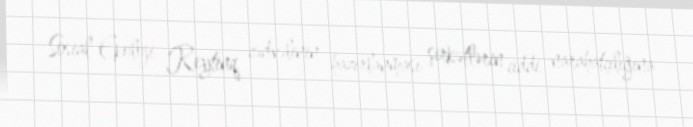
Sosial Ekoloji Reytinq cədvəlinin hazırlanması şirkətlərin ciddi narahatçılığına